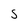
Character: S